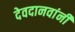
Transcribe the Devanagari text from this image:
देवदानवांनी